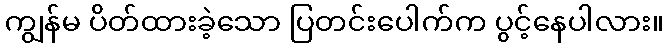
ကျွန်မ ပိတ်ထားခဲ့သော ပြတင်းပေါက်က ပွင့်နေပါလား။